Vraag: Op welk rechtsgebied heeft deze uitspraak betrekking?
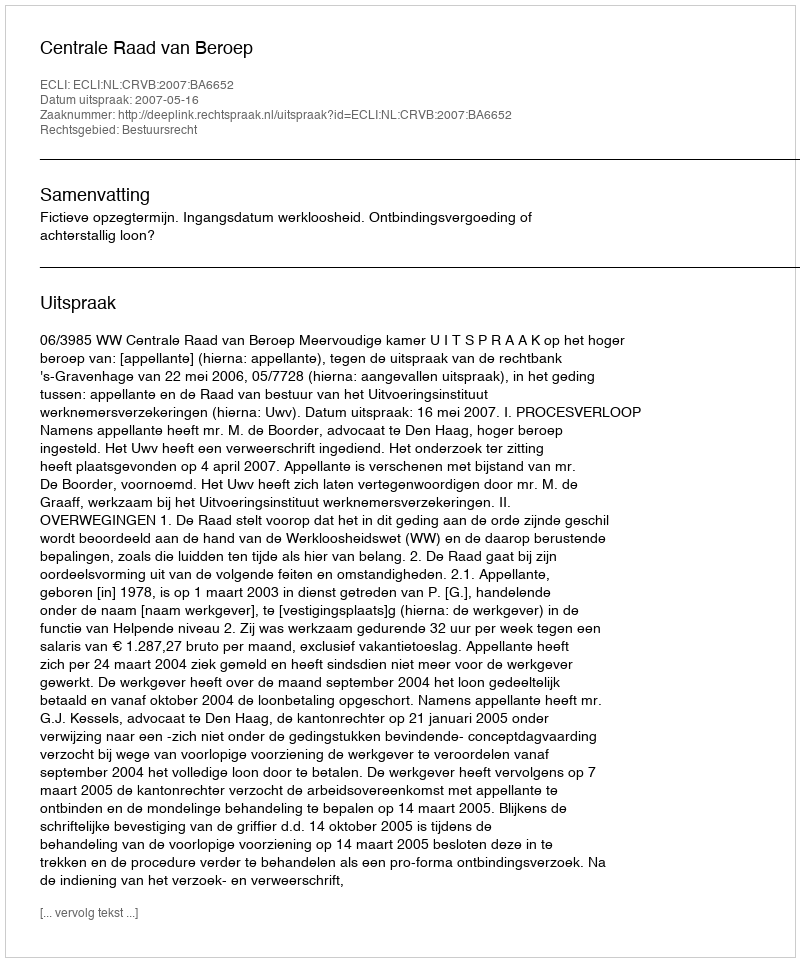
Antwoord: Bestuursrecht